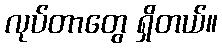
လုပ်တာတွေ ရှိတယ်။